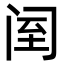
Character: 𨸅